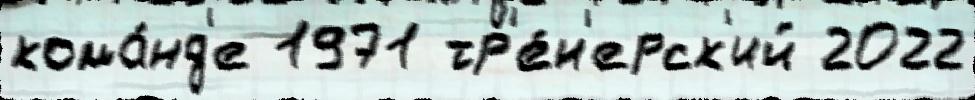
кома́нд'е 1971 тр'е́н'ерск'ий 2022